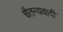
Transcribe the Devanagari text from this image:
चैतन्यवादी